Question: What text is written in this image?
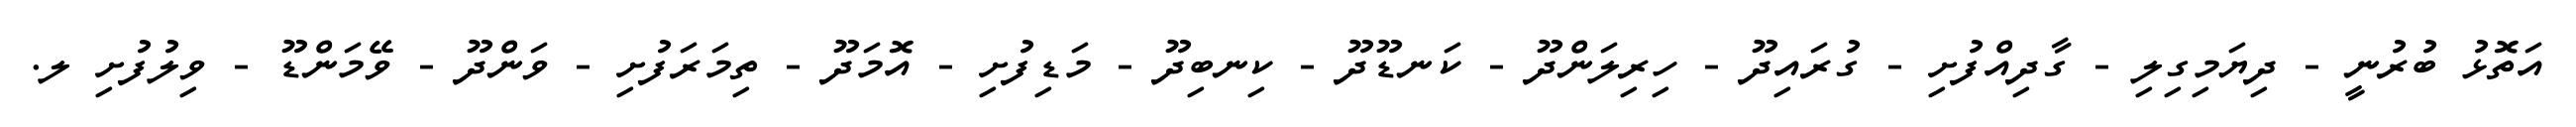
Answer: އަތޮޅު ބުރުނީ - ދިޔަމިގިލި - ގާދިއްފުށި - ގުރައިދޫ - ހިރިލަންދޫ - ކަނޑޫދޫ - ކިނބިދޫ - މަޑިފުށި - އޮމަދޫ - ތިމަރަފުށި - ވަންދޫ - ވޭމަންޑޫ - ވިލުފުށި ލ.